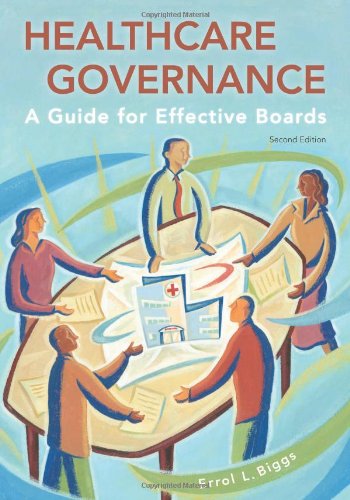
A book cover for Healthcare Governance: A Guide for Effective Boards, ed. 2 (American College of Healthcare Executives Management); Errol L. Biggs; Business & Money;